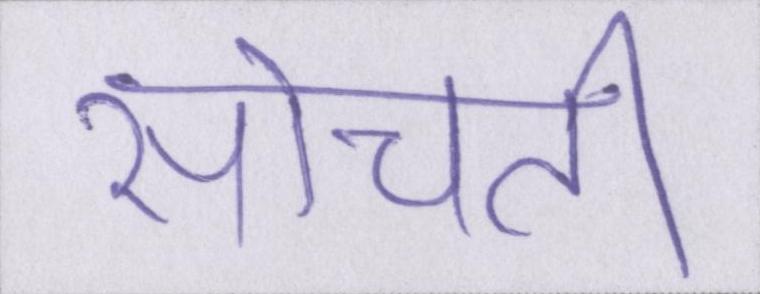
सोचती